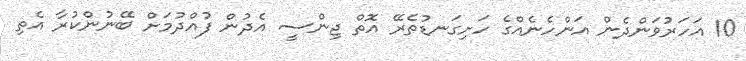
10 އަހަރުވަންދެން އަންހެނެއްގެ ހަށިގަނޑުތެރޭ އޮތް ޖިންސީ އެދުން ފުއްދުމަށް ބޭނުންކުރާ އެތި